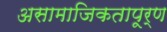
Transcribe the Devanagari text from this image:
असामाजिकतापूर्ण